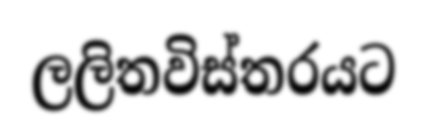
ලලිතවිස්තරයට